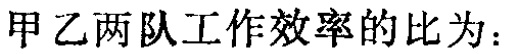
甲乙两队工作效率的比为：